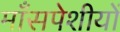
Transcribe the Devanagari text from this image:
माँसपेशीयों